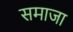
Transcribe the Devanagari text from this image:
समाजा